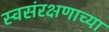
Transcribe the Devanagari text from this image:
स्वसंरक्षणाच्या